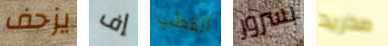
يزحف إف القطب بسرور مدريد